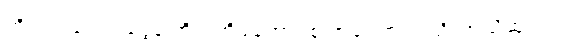
ကိုယ့်အဖေဝင်ငွေနဲ့ ကိုယ့်အိမ်ထောင်စု အကြောင်း ညို အသိဆုံးပါ။